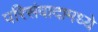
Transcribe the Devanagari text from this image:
परिसंवादामध्ये